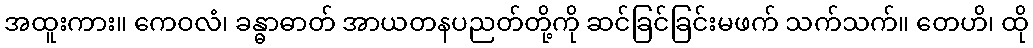
အထူးကား။ ကေဝလံ၊ ခန္ဓာဓာတ် အာယတနပညတ်တို့ကို ဆင်ခြင်ခြင်းမဖက် သက်သက်။ တေဟိ၊ ထို